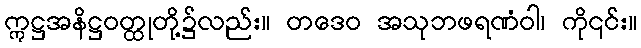
ဣဋ္ဌအနိဋ္ဌဝတ္ထုတို့၌လည်း။ တဒေဝ အသုဘဖရဏံဝါ၊ ကို၎င်း။